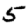
Digit: 5